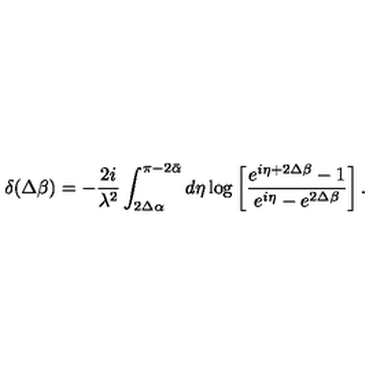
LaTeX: \delta ( \Delta \beta ) = - \frac { 2 i } { \lambda ^ { 2 } } \int _ { 2 \Delta \alpha } ^ { \pi - 2 \bar { \alpha } } d \eta \log \left[ \frac { e ^ { i \eta + 2 \Delta \beta } - 1 } { e ^ { i \eta } - e ^ { 2 \Delta \beta } } \right] .